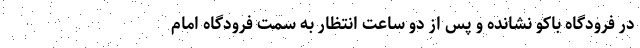
در فرودگاه باکو نشانده و پس از دو ساعت انتظار به سمت فرودگاه امام